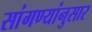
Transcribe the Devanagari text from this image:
सांगण्यांनुसार